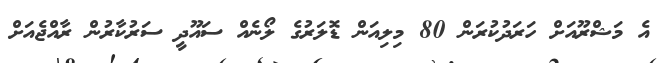
އެ މަޝްރޫއަށް ހަރަދުކުރަން 80 މިލިއަން ޑޮލަރުގެ ލޯނެއް ސައޫދީ ސަރުކާރުން ރާއްޖެއަށް